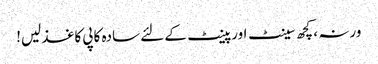
ورنہ ، کچھ سینٹ اور پینٹ کے لئے سادہ کاپی کاغذ لیں!